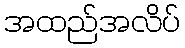
အထည်အလိပ်